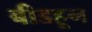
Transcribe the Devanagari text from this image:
बीडहून